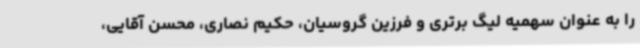
را به عنوان سهمیه لیگ برتری و فرزین گروسیان، حکیم نصاری، محسن آقایی،